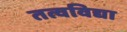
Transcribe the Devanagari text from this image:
तत्वविद्या